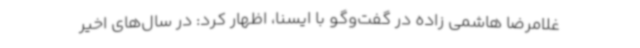
غلامرضا هاشمی زاده در گفت‌وگو با ایسنا، اظهار کرد: در سال‌های اخیر